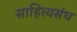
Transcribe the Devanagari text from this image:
साहित्यसंघ